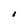
Character: I